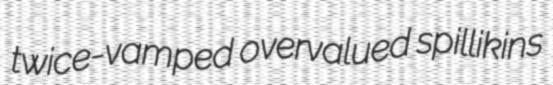
twice-vamped overvalued spillikins